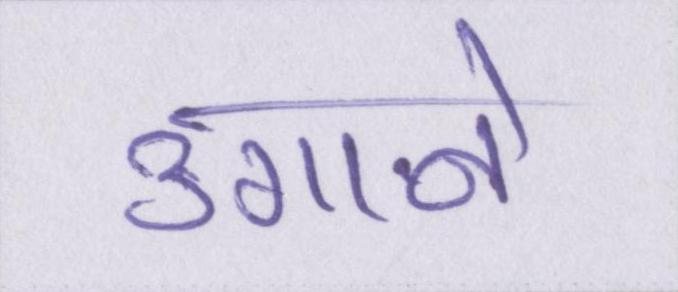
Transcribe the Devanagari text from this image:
उगाने